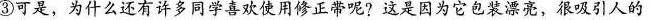
③可是，为什么还有许多同学喜欢使用修正带呢?这是因为它包装漂亮，很吸引人的